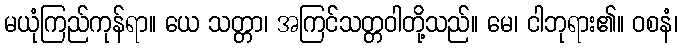
မယုံကြည်ကုန်ရာ။ ယေ သတ္တာ၊ အကြင်သတ္တဝါတို့သည်။ မေ၊ ငါဘုရား၏။ ဝစနံ၊